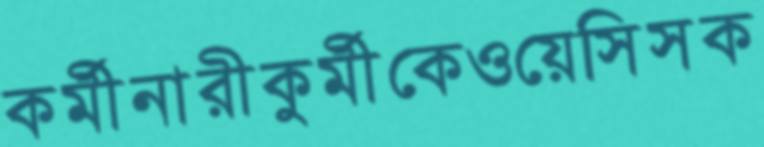
কর্মীনারীকুর্মীকেওয়েসিসক